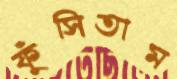
ফুঁসিতাম